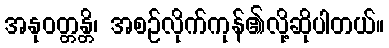
အနုဝတ္တန္တိ၊ အစဉ်လိုက်ကုန်၏လို့ဆိုပါတယ်။